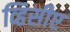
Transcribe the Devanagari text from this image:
व्हिसीए